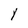
Character: Y